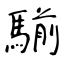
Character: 騚